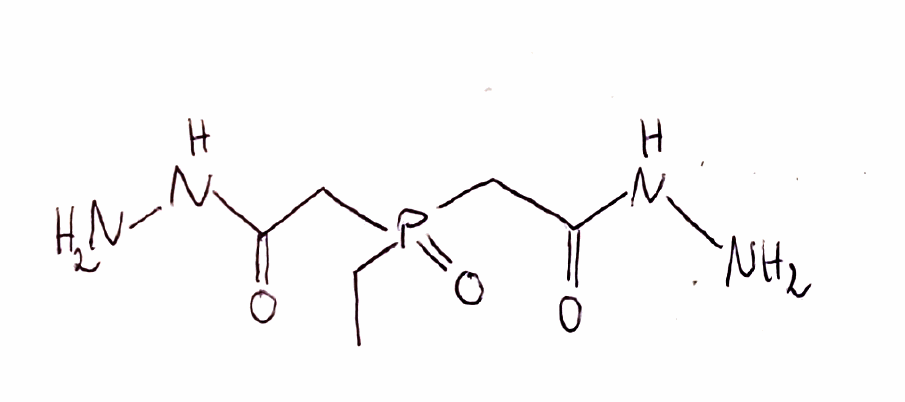
Simplified molecular-input line-entry system (SMILES) notation of the given molecule:
CCP(=O)(CC(=O)NN)CC(=O)NN